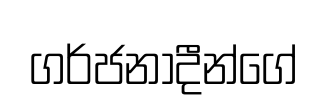
ගර්ජනාදීන්ගේ